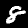
Digit: 8